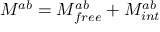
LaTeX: M ^ { a b } = M _ { f r e e } ^ { a b } + M _ { i n t } ^ { a b }